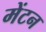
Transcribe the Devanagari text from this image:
मेंटन